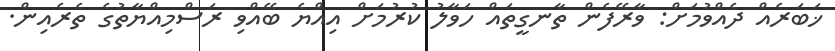
ޚަބަރެއް ދެއްވުމަށް: ވާރޭފެން ތާނގީތައް ހަވާލު ކުރުމަށް އިއްޔެ ބޭއްވި ރަސްމިއްޔާތުގެ ތެރެއިން.